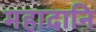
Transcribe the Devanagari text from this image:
महादानि